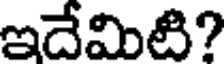
ఇదేమిటి?